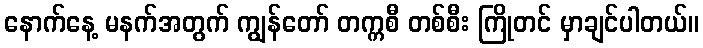
နောက်နေ့ မနက်အတွက် ကျွန်တော် တက္ကစီ တစ်စီး ကြိုတင် မှာချင်ပါတယ်။